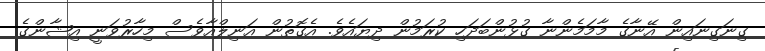
ގިނަގިނައިން އޭނާގެ މާމަމެންނާ ގުޅުންބަދަހި ކުރަމުން ދިޔައެވެ. އެގޮތުން އަނިލްއާވެސް މިހާރުވަނީ އިޝާންގެ